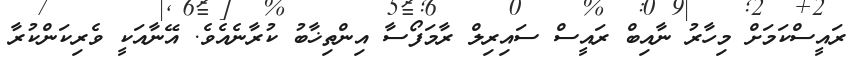
ރައީސްކަމަށް މިހާރު ނާއިބް ރައީސް ސައިރިލް ރާމަފޯސާ އިންތިޚާބު ކުރާނެއެވެ. އޭނާއަކީ ވެރިކަންކުރާ